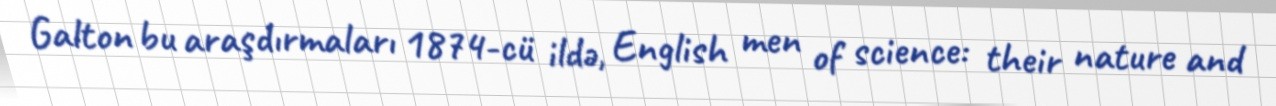
Galton bu araşdırmaları 1874-cü ildə, English men of science: their nature and